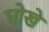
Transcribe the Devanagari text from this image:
घोखे